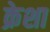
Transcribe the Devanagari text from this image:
क्रेशा